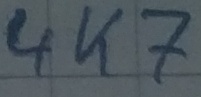
Text: 4K7